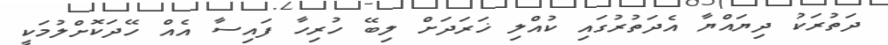
ދަތުރަކު ދިޔައްޔާ އެދަތުރުގައި ކުއްލި ޚަރަދަށް ލިބޭ ހުރިހާ ފައިސާ އެއް ހޭދަކޮށްލުމަކީ